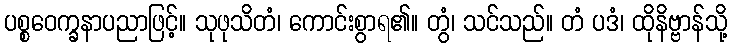
ပစ္စဝေက္ခနာပညာဖြင့်။ သုဖုသိတံ၊ ကောင်းစွာရ၏။ တွံ၊ သင်သည်။ တံ ပဒံ၊ ထိုနိဗ္ဗာန်သို့